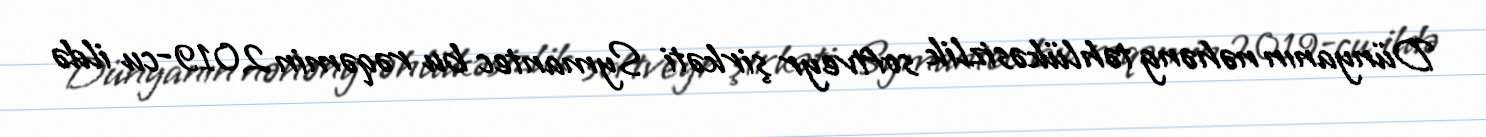
Dünyanın nəhəng təhlükəsizlik softveyr şirkəti Symantec bu rəqəmin 2019-cu ildə